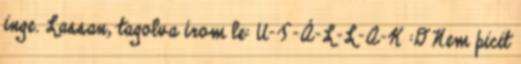
inge. Lassan, tagolva írom le: U-T-Á-L-L-A-K :D Nem picit